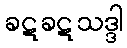
ခဋခဋသဒ္ဒါ